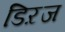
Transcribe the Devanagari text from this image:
डिऱज